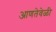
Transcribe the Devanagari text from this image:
आणतेवेळी